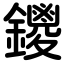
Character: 鑁